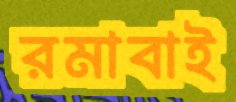
রমাবাই